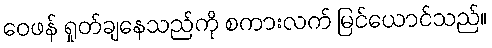
ဝေဖန် ရှုတ်ချနေသည်ကို စကားလက် မြင်ယောင်သည်။